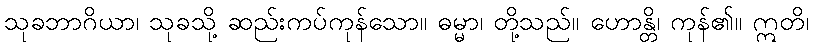
သုခဘာဂိယာ၊ သုခသို့ ဆည်းကပ်ကုန်သော။ ဓမ္မာ၊ တို့သည်။ ဟောန္တိ၊ ကုန်၏။ ဣတိ၊